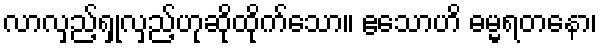
လာလှည့်ရှုလှည့်ဟုဆိုထိုက်သော။ ဧသောဟိ ဓမ္မရတနော၊